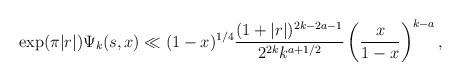
LaTeX: \begin{align*}\exp(\pi|r|)\Psi_k(s,x)\ll(1-x)^{1/4}\frac{(1+|r|)^{2k-2a-1}}{2^{2k}k^{a+1/2}}\left(\frac{x}{1-x}\right)^{k-a},\end{align*}